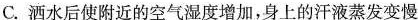
C.洒水后使附近的空气湿度增加，身上的汗液蒸发变慢